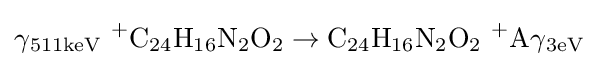
{\ce {\gamma _{511keV}\ +C24H16N2O2\to C24H16N2O2\ +A\gamma _{3eV}}}